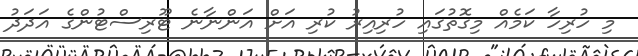
މި ހުރިހާ ކަމެއް މިގޮތުގައި ހުރިއިރު ކުރި އަށް އަންނާނެ ޓޫރިސްޓުންގެ އަދަދު